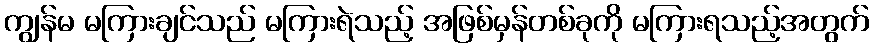
ကျွန်မ မကြားချင်သည် မကြားရဲသည့် အဖြစ်မှန်တစ်ခုကို မကြားရသည့်အတွက်